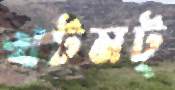
খটমট্‌